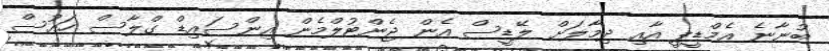
ބުނާނެ އެމްޑީޕީ އާއި ދިމާލަށް ލޭޑީސް އެން ޖެންޓުލްމެން އިންސައިޑް ގްލާސް ހައުސް